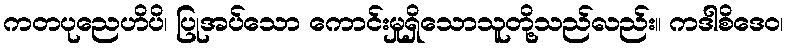
ကတပုညေဟိပိ၊ ပြုအပ်သော ကောင်းမှုရှိသောသူတို့သည်လည်း။ ကဒါစိဒေဝ၊